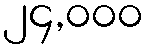
၂၄,၀၀၀